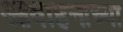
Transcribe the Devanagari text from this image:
आवाहनाच्या